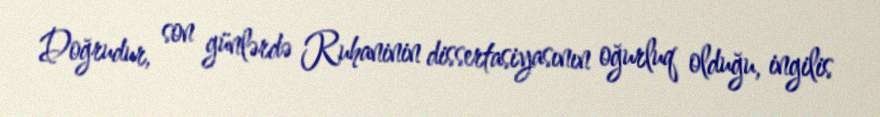
Doğrudur, son günlərdə Ruhaninin dissertasiyasının oğurluq olduğu, ingilis